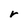
Character: r